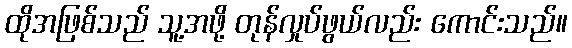
ထိုအဖြစ်သည် သူ့အဖို့ တုန်လှုပ်ဖွယ်လည်း ကောင်းသည်။